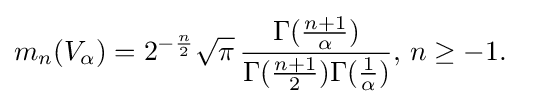
{\begin{aligned}m_{n}(V_{\alpha })&=2^{-{\frac {n}{2}}}{\sqrt {\pi }}\,{\frac {\Gamma ({\frac {n+1}{\alpha }})}{\Gamma ({\frac {n+1}{2}})\Gamma ({\frac {1}{\alpha }})}},\,n\geq -1.\end{aligned}}